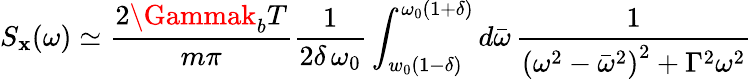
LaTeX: S_{\mathbf{x}}(\omega)\simeq\frac{{2\Gammak_{b}T}}{{m\pi}}\frac{{1}}{{2\delta\, \omega_{0}}}\int_{w_{0}(1-\delta)}^{\omega_{0}(1+\delta)}d\bar{{\omega}}\, \frac{{1}}{{\left(\omega^{2}-\bar{{\omega}}^{2}\right)^{2}+\Gamma^{2}\omega^{2}}}